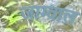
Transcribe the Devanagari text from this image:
जाम्वाल